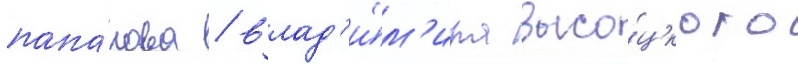
папа́нова / влад'и́м'ира высо́цкого